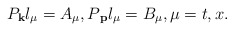
\begin{align*}P_{{\bf k}}l_\mu =A_\mu ,P{\bf _p}l_\mu =B_\mu ,\mu =t,x.\end{align*}